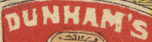
DUNHAM'S